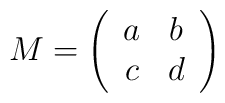
M = \left( \begin{array}{cc} a & b\\c & d\end{array}\right)